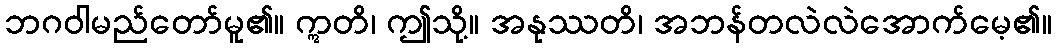
ဘဂဝါမည်တော်မူ၏။ ဣတိ၊ ဤသို့။ အနုဿတိ၊ အဘန်တလဲလဲအောက်မေ့၏။